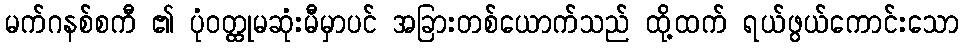
မက်ဂနစ်စကီ ၏ ပုံဝတ္ထုမဆုံးမီမှာပင် အခြားတစ်ယောက်သည် ထို့ထက် ရယ်ဖွယ်ကောင်းသော